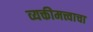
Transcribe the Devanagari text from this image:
व्यक्तीमत्त्वाचा